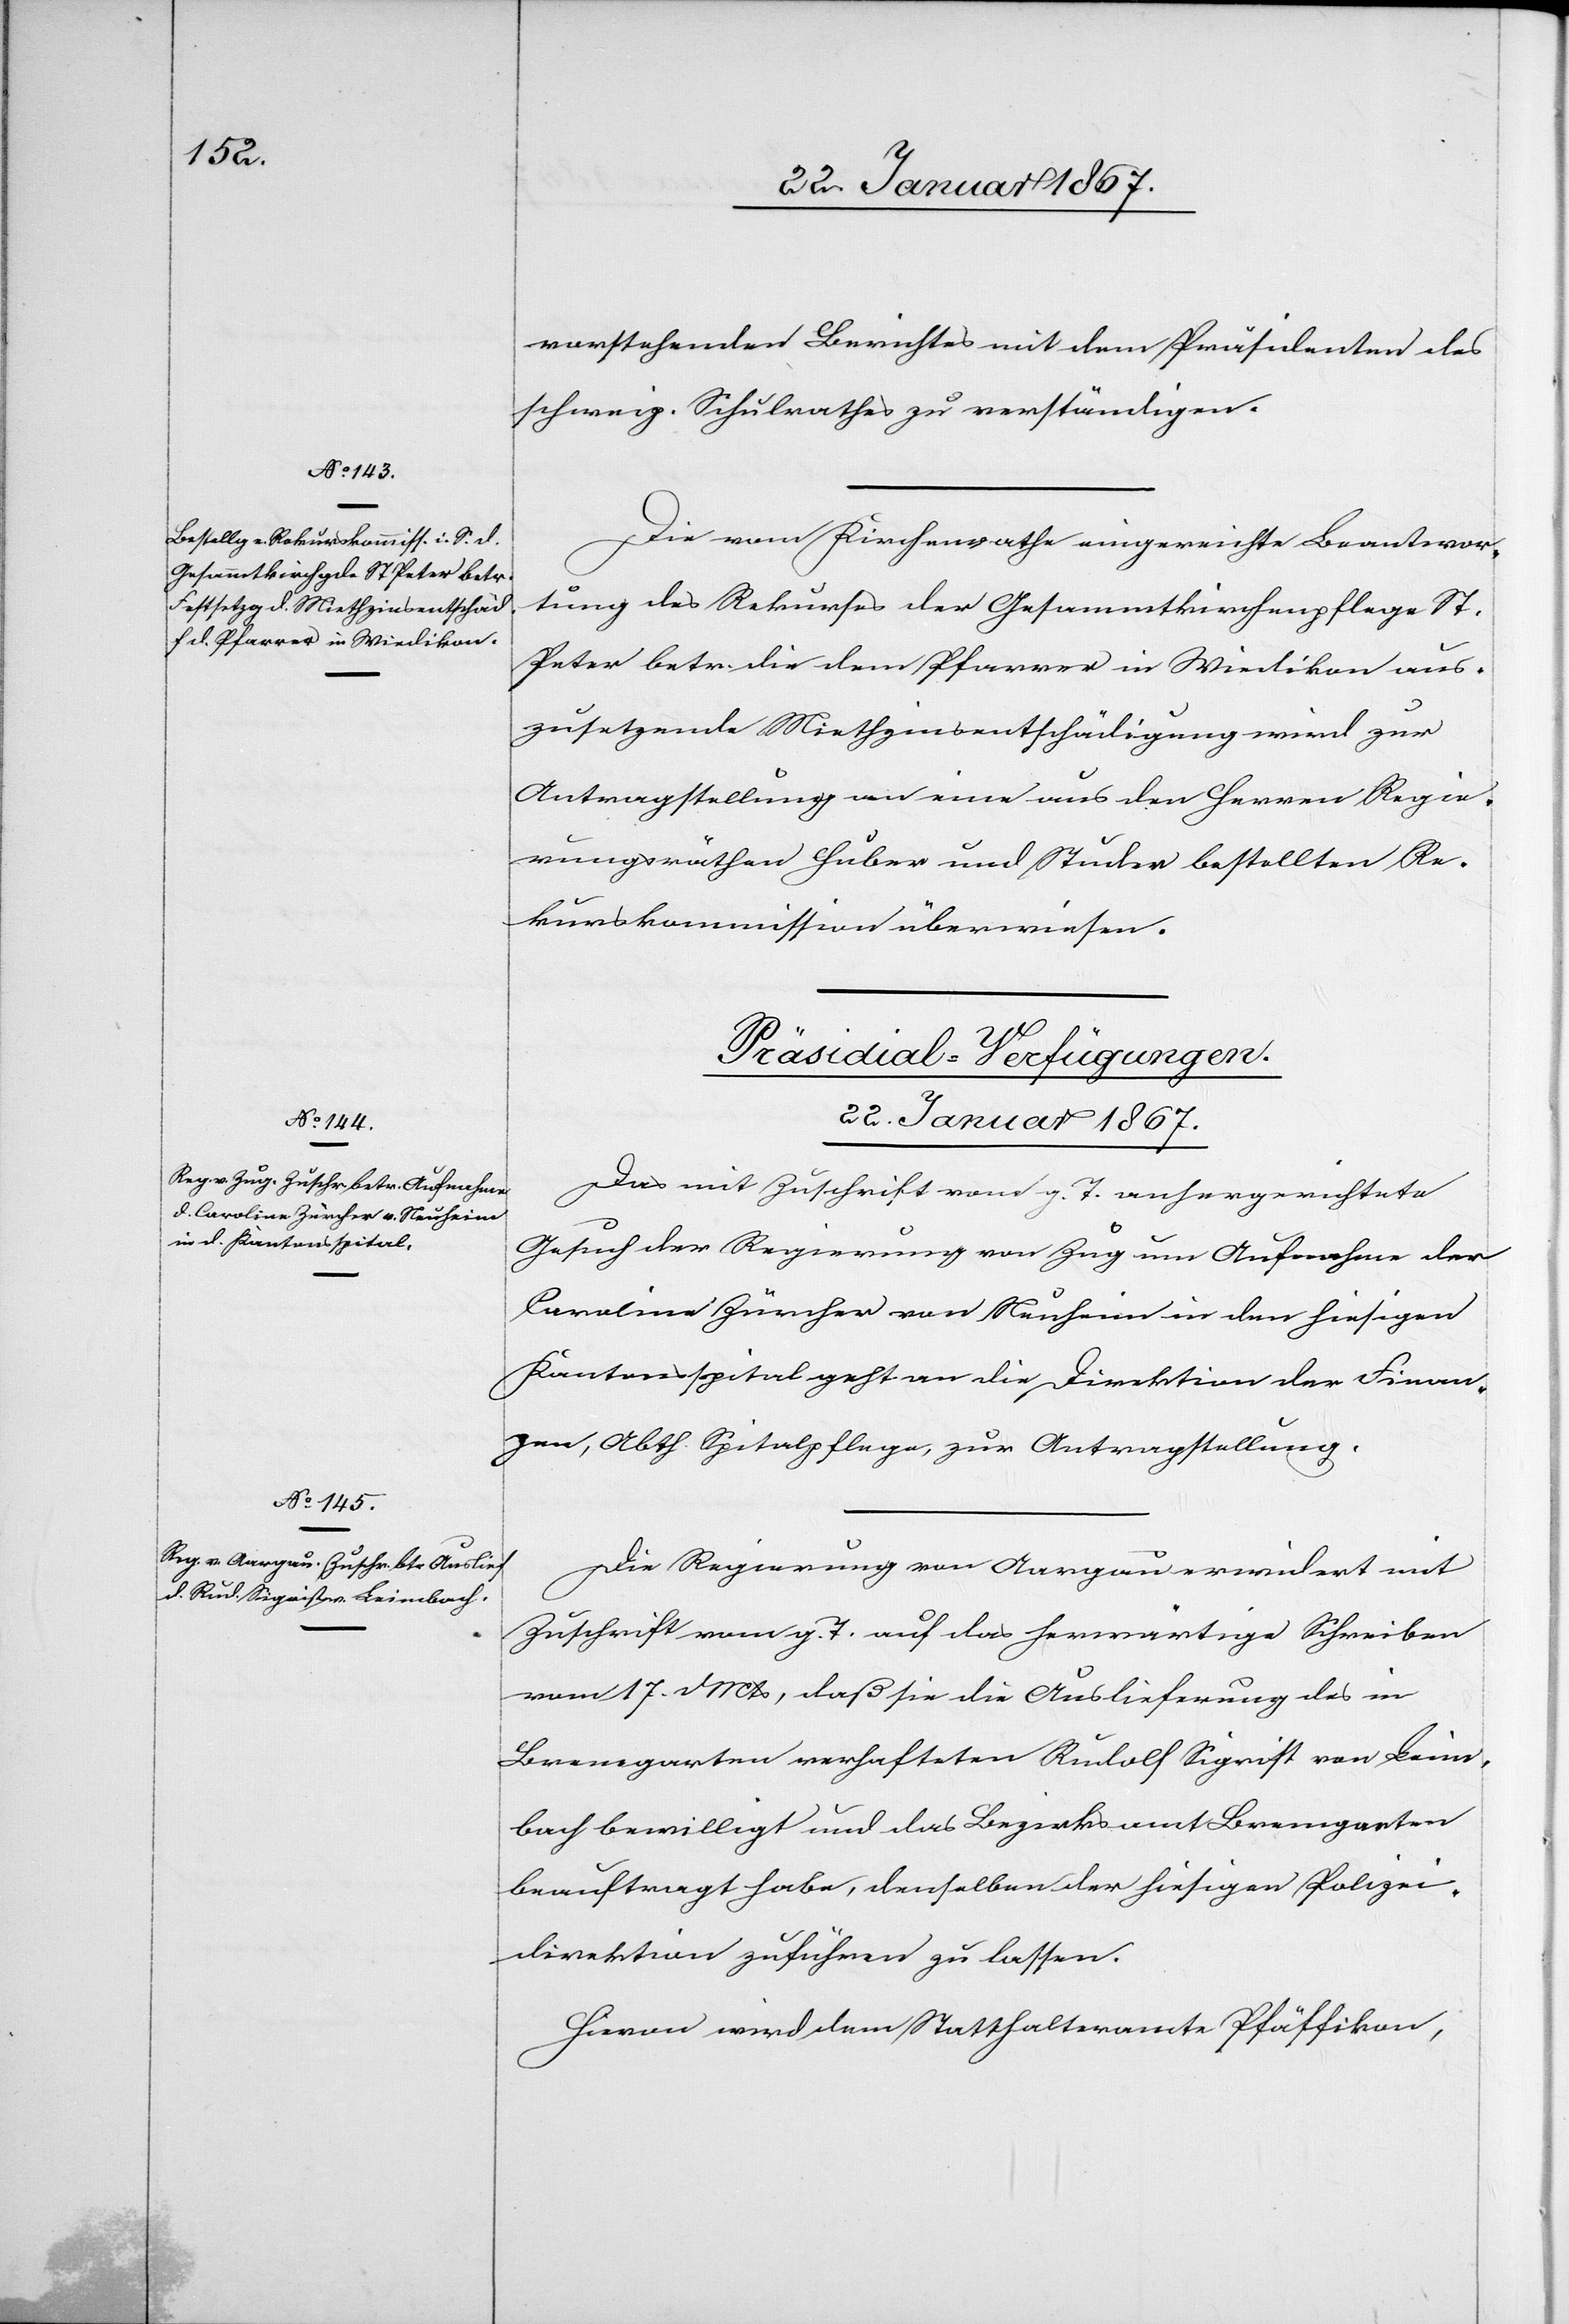
vorstehenden Berichtes mit dem Präsidium des
schweiz. Schulrathes zu verständigen.
Die vom Kirchenrathe eingereichte Beantwor¬
tung des Rekurses der Gesammtkirchenpflege St.
Peter betr. die dem Pfarrer in Wiedikon aus¬
zusetzende Miethzinsentschädigung wird zur
Antragstellung an eine aus den Herren Regie¬
rungsräthen Huber und Studer bestellten Re¬
kurskommission überwiesen.
[Präsidial-Verfügungen
22. Januar 1867.]
Das mit Zuschrift vom g. T. anhergerichtete
Gesuch der Regierung von Zug um Aufnahme der
Caroline Zürcher von Neuheim in den hiesigen
Kantonsspital geht an die Direktion der Finan¬
zen, Abth. Spitalpflege, zur Antragstellung.
Die Regierung von Aargau erwidert mit
Zuschrift vom g. T. auf das herwärtige Schreiben
vom 17. d. Mts, daß sie die Auslieferung des in
Bremgarten verhafteten Rudolf Sigrist von Leim¬
bach bewilligt und das Bezirksamt Bremgarten
beauftragt habe, denselben der hiesigen Polizei¬
direktion zuführen zu lassen.
Hievon wird dem Statthalteramte Pfäffikon,